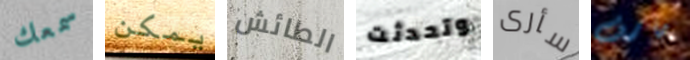
سمعك يمكن الطائش وتحدثت سأرى مارف